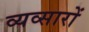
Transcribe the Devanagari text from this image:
व्यव्सारों